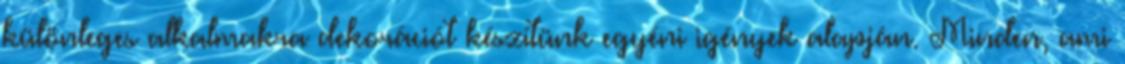
különleges alkalmakra dekorációt készítünk egyéni igények alapján. Minden, ami